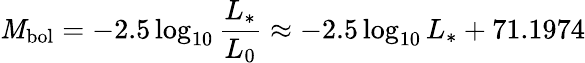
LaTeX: \mathit{M}_{\mathrm{{bol}}}=-2.5\log_{10}{\frac{{L_{*}}}{{L_{0}}}}\approx-2.5\log_{10}L_{*}+71.1974